Civil Veterinary Dept. Bombay admin report 1893-99 - 1893-1899
Year: 1893
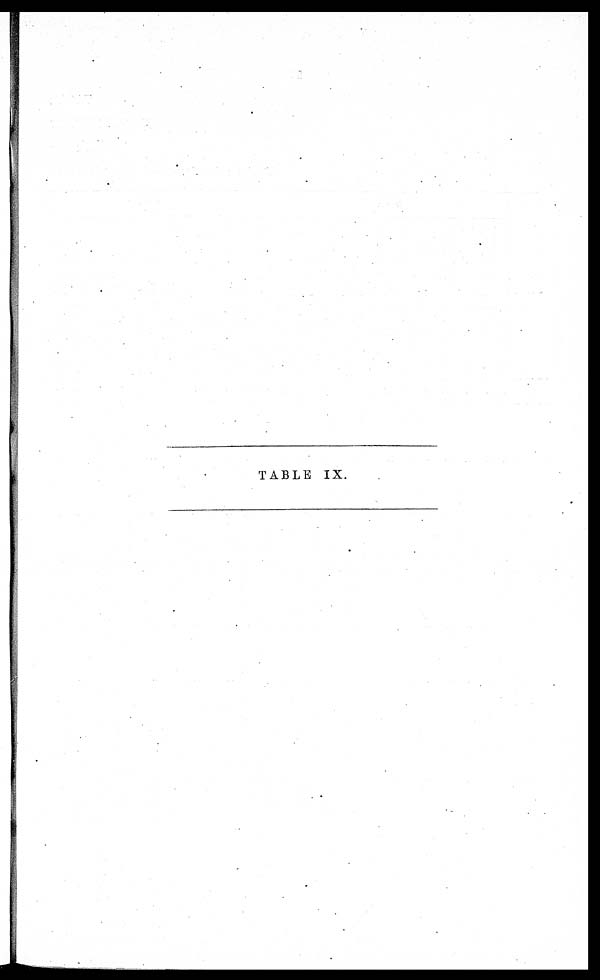
TABLE IX.